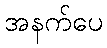
အနက်ပေ